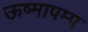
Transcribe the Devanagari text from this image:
ऊष्मापम्प